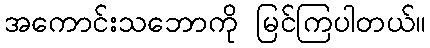
အကောင်းသဘောကို မြင်ကြပါတယ်။